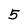
Character: 5